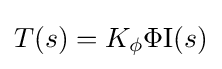
T(s)=K_{\phi }\Phi \mathrm {I} (s)